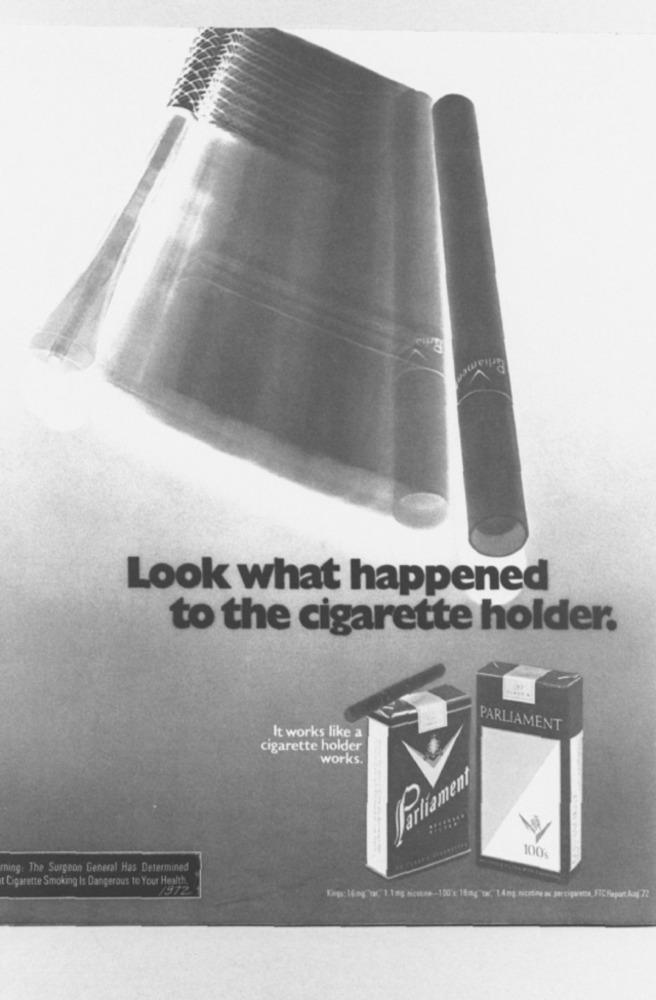
Grkamen
Look what happened
to the cigarette holder.
PARLIAMENT
It works like a
cigarette holder
works.
Varliament
100%
ning. The Surgeon General Has Determined
Cigarette Smoking Is Dangerous to Your Health
/972
Kaşı: 16mg"ta,"1.1mg nichtne-100's: 15mg"ta"" 1.4mg nicotine av percigweme, FTC Fieport Aug 72